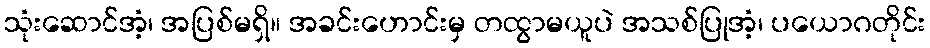
သုံးဆောင်အံ့၊ အပြစ်မရှိ။ အခင်းဟောင်းမှ တထွာမယူပဲ အသစ်ပြုအံ့၊ ပယောဂတိုင်း